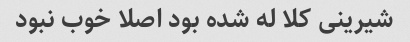
شیرینی کلا له شده بود اصلا خوب نبود